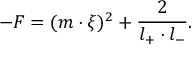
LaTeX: - F = ( m \cdot \xi ) ^ { 2 } + \frac { 2 } { l _ { + } \cdot l _ { - } } .